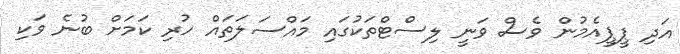
އަދި ޕީޕީއެމުން ވެސް ވަނީ ލިސްޓްތަކުގައި މައްސަލަތައް ހުރި ކަމަށް ބުނެ ވަކި